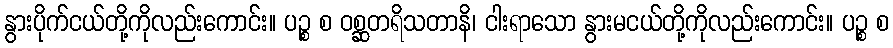
နွားပိုက်ငယ်တို့ကိုလည်းကောင်း။ ပဉ္စ စ ဝစ္ဆတရိသတာနိ၊ ငါးရာသော နွားမငယ်တို့ကိုလည်းကောင်း။ ပဉ္စ စ